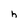
Character: h